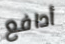
أدافع